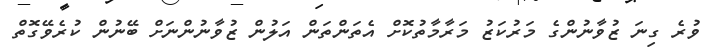
ވުރެ ގިނަ ޒުވާނުންގެ މަރުކަޒު މަރާމާތުކޮށް އެތަންތަން އަލުން ޒުވާނުންނަށް ބޭނުން ކުރެވޭގޮތް